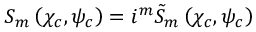
S _ { m } \left( \chi _ { c } , \psi _ { c } \right) = i ^ { m } \tilde { S } _ { m } \left( \chi _ { c } , \psi _ { c } \right)